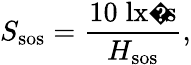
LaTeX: S_{\mathrm{sos}}={\frac{10\; {\mathrm{lx�s}}}{H_{\mathrm{sos}}}},